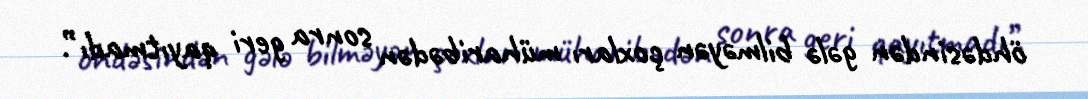
öhdəsindən gələ bilməyən çoxları müharibədən sonra geri qayıtmadı”.